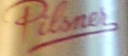
Pilsnes